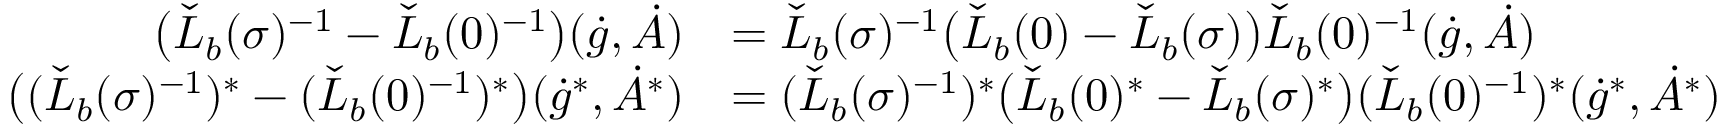
\begin{array} { r l } { \big ( \check { L } _ { b } ( \sigma ) ^ { - 1 } - \check { L } _ { b } ( 0 ) ^ { - 1 } \big ) ( \dot { g } , \dot { A } ) } & { = \check { L } _ { b } ( \sigma ) ^ { - 1 } \big ( \check { L } _ { b } ( 0 ) - \check { L } _ { b } ( \sigma ) \big ) \check { L } _ { b } ( 0 ) ^ { - 1 } ( \dot { g } , \dot { A } ) } \\ { \big ( ( \check { L } _ { b } ( \sigma ) ^ { - 1 } ) ^ { * } - ( \check { L } _ { b } ( 0 ) ^ { - 1 } ) ^ { * } \big ) ( \dot { g } ^ { * } , \dot { A } ^ { * } ) } & { = ( \check { L } _ { b } ( \sigma ) ^ { - 1 } ) ^ { * } \big ( \check { L } _ { b } ( 0 ) ^ { * } - \check { L } _ { b } ( \sigma ) ^ { * } \big ) ( \check { L } _ { b } ( 0 ) ^ { - 1 } ) ^ { * } ( \dot { g } ^ { * } , \dot { A } ^ { * } ) } \end{array}